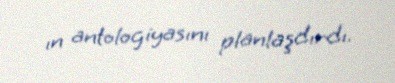
ın antologiyasını planlaşdırdı.